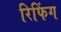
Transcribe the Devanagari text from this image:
रिफिंग